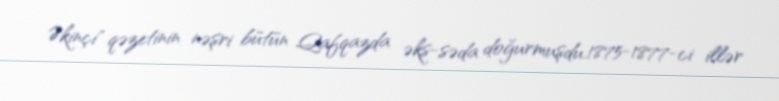
Əkinçi" qəzetinin nəşri bütün Qafqazda əks-səda doğurmuşdu.1875-1877-ci illər